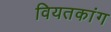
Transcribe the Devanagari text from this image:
वियतकांग